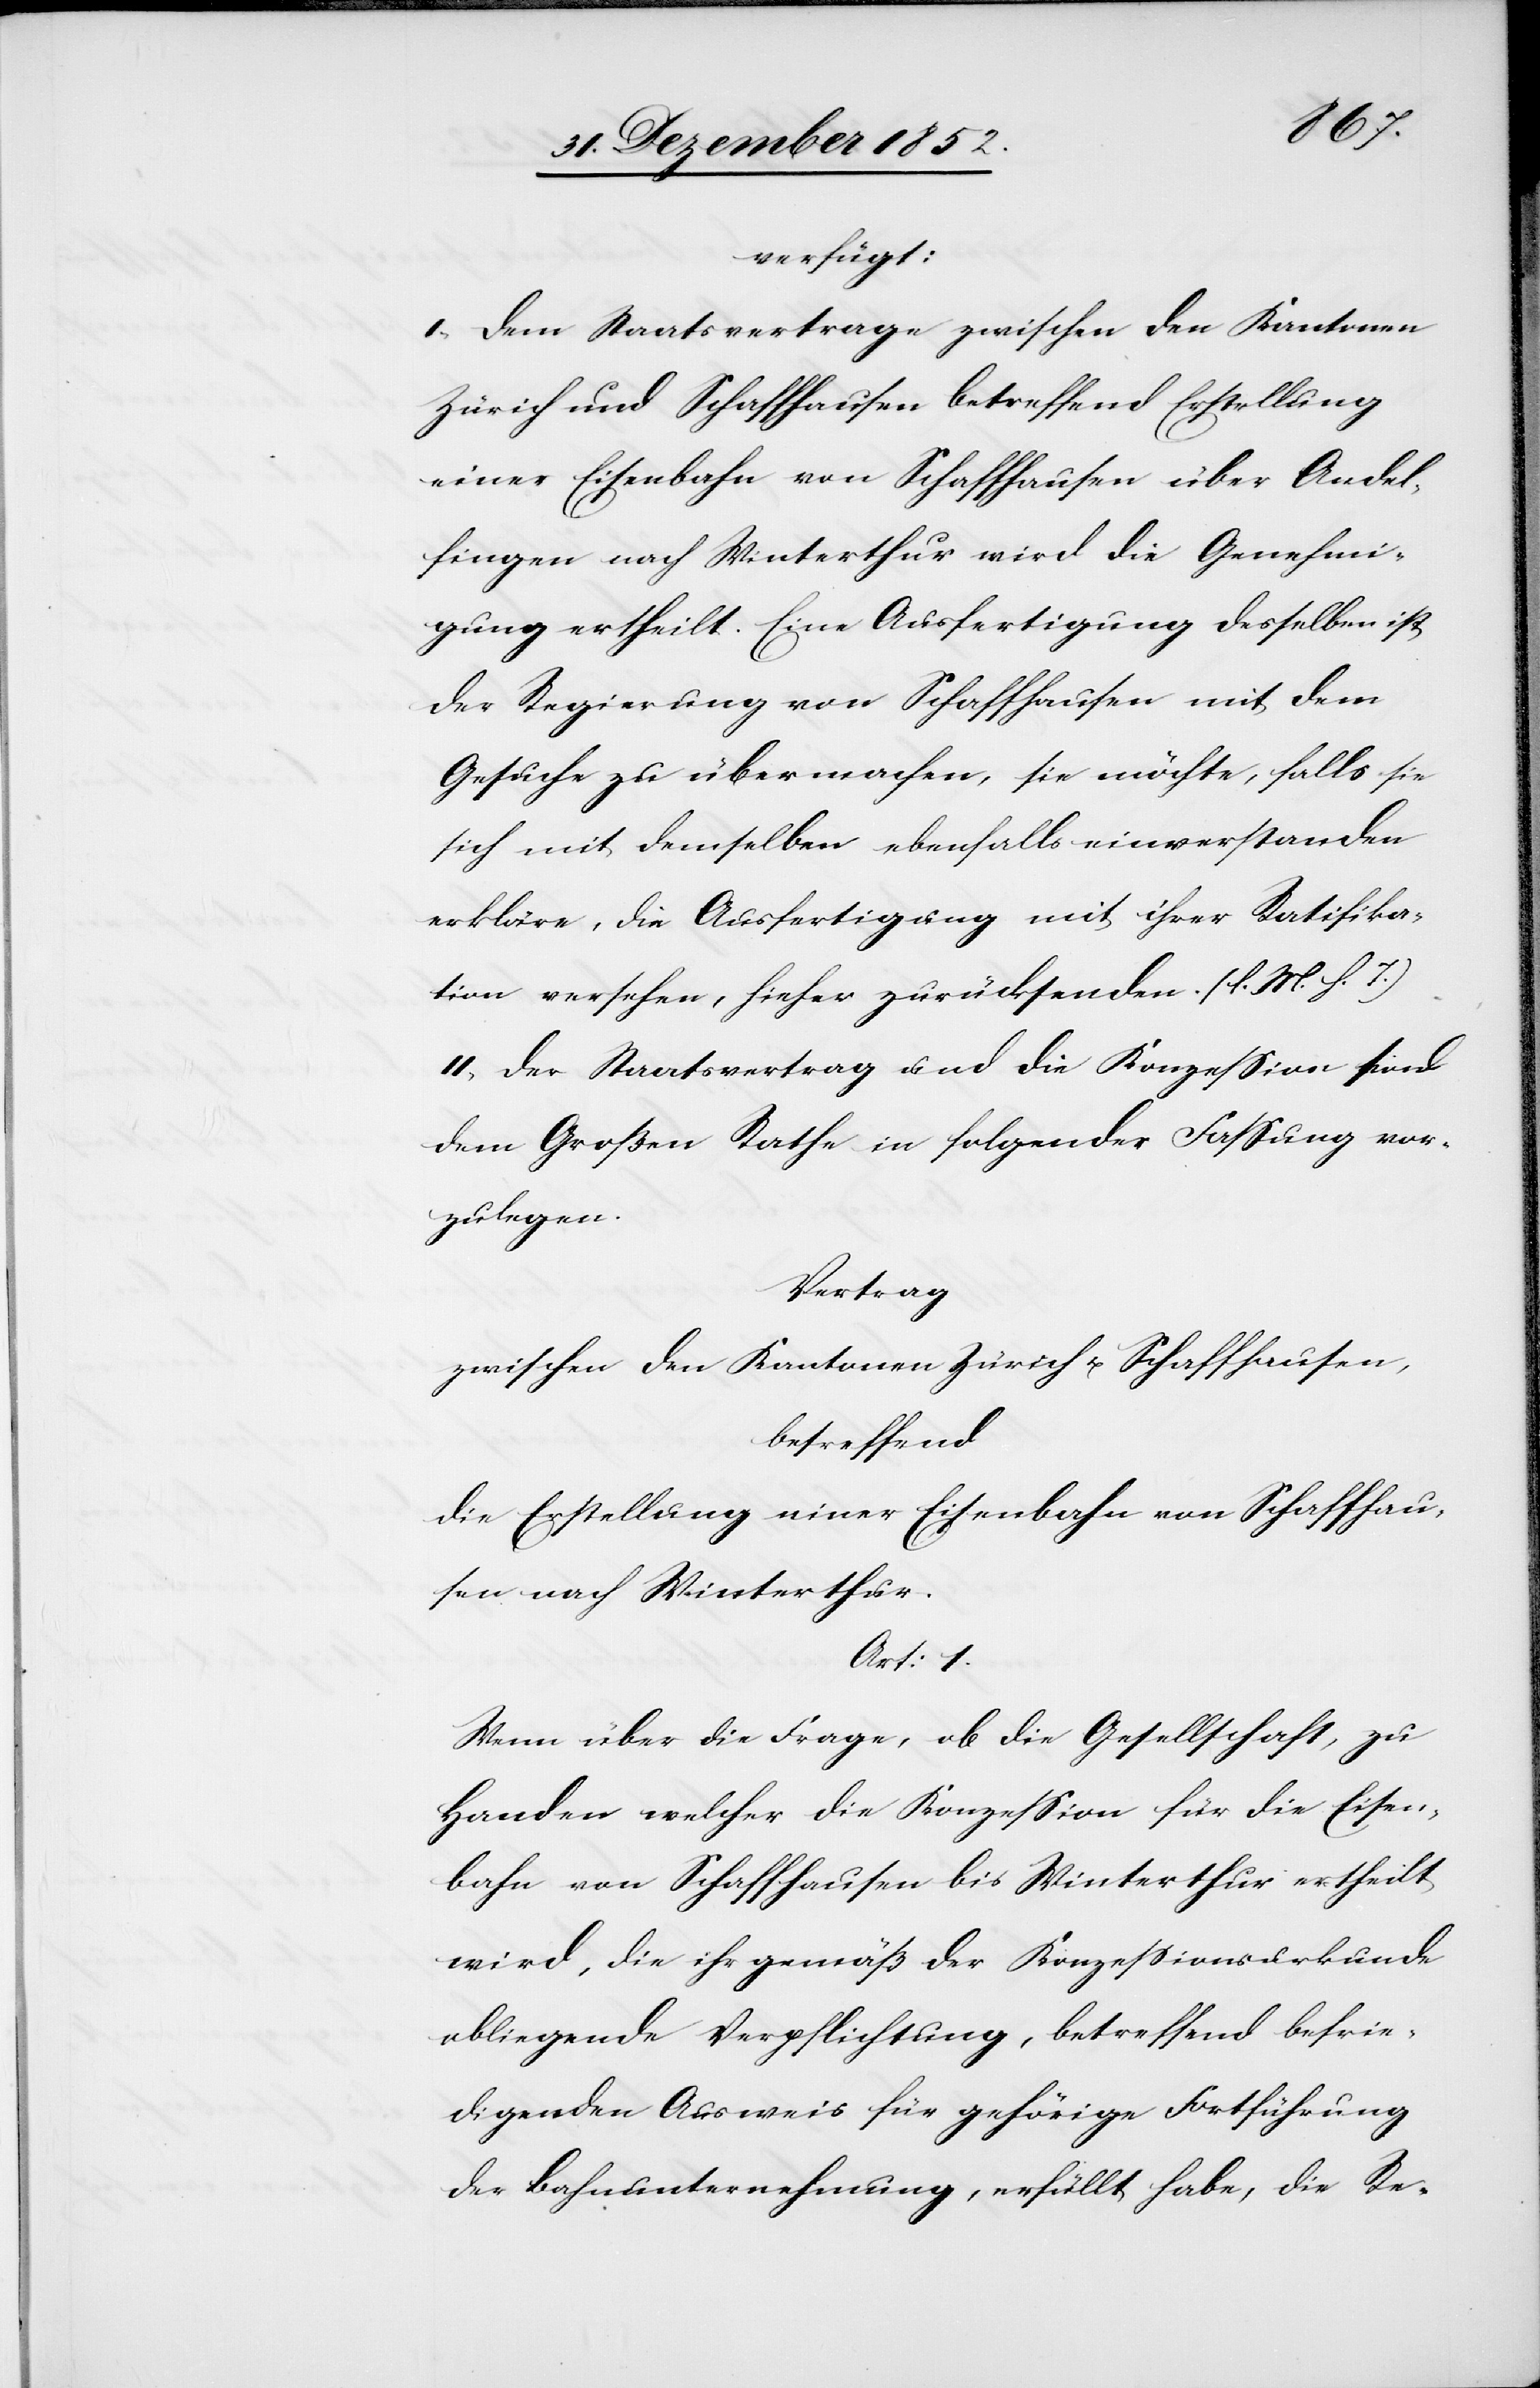
verfügt:
I, Dem Staatsvertrage zwischen den Kantonen
Zürich und Schaffhausen betreffend Erstellung
einer Eisenbahn von Schaffhausen über Andel¬
fingen nach Winterthur wird die Genehmi¬
gung ertheilt. Eine Ausfertigung desselben ist
der Regierung von Schaffhausen mit dem
Gesuche zu übermachen, sie möchte, falls sie
sich mit demselben ebenfalls einverstanden
erkläre, die Ausfertigung mit ihrer Ratifika¬
tion versehen, hieher zurücksenden. (l. M. h. T.)
II, Der Staatsvertrag und die Konzession sind
dem Großen Rathe in folgender Fassung vor¬
zulegen.
Vertrag
zwischen den Kantonen Zürich u. Schaffhausen,
betreffend
die Erstellung einer Eisenbahn von Schaffhau¬
sen nach Winterthur.
Art: 1.
Wenn über die Frage, ob die Gesellschaft, zu
Handen welcher die Konzession für die Eisen¬
bahn von Schaffhausen bis Winterthur ertheilt
wird, die ihr gemäß der Konzessionsurkunde
obliegende Verpflichtung, betreffend befrie¬
digenden Ausweis für gehörige Fortführung
der Bahnunternehmung, erfüllt habe, die Re-